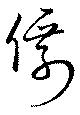
仙